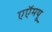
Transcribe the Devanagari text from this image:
एएॅमयू